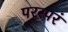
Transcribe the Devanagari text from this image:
परस्परं